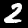
Digit: 2